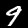
Label: 9